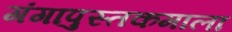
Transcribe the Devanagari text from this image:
गंगापुस्तकमाला